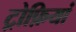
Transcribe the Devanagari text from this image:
ट्रोफ़ियां